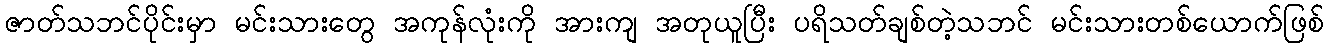
ဇာတ်သဘင်ပိုင်းမှာ မင်းသားတွေ အကုန်လုံးကို အားကျ အတုယူပြီး ပရိသတ်ချစ်တဲ့သဘင် မင်းသားတစ်ယောက်ဖြစ်